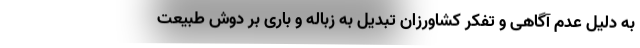
به دلیل عدم آگاهی و تفکر کشاورزان تبدیل به زباله و باری بر دوش طبیعت